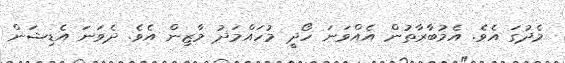
މެދުގަ އެވެ. އެމުބާރާތުން އެއްވަނަ ހޯދީ މުހައްމަދު މާޒިން އެވެ. ދެވަނަ އެޑިޝަން